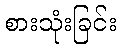
စားသုံးခြင်း